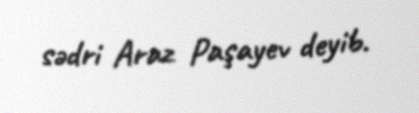
sədri Araz Paşayev deyib.